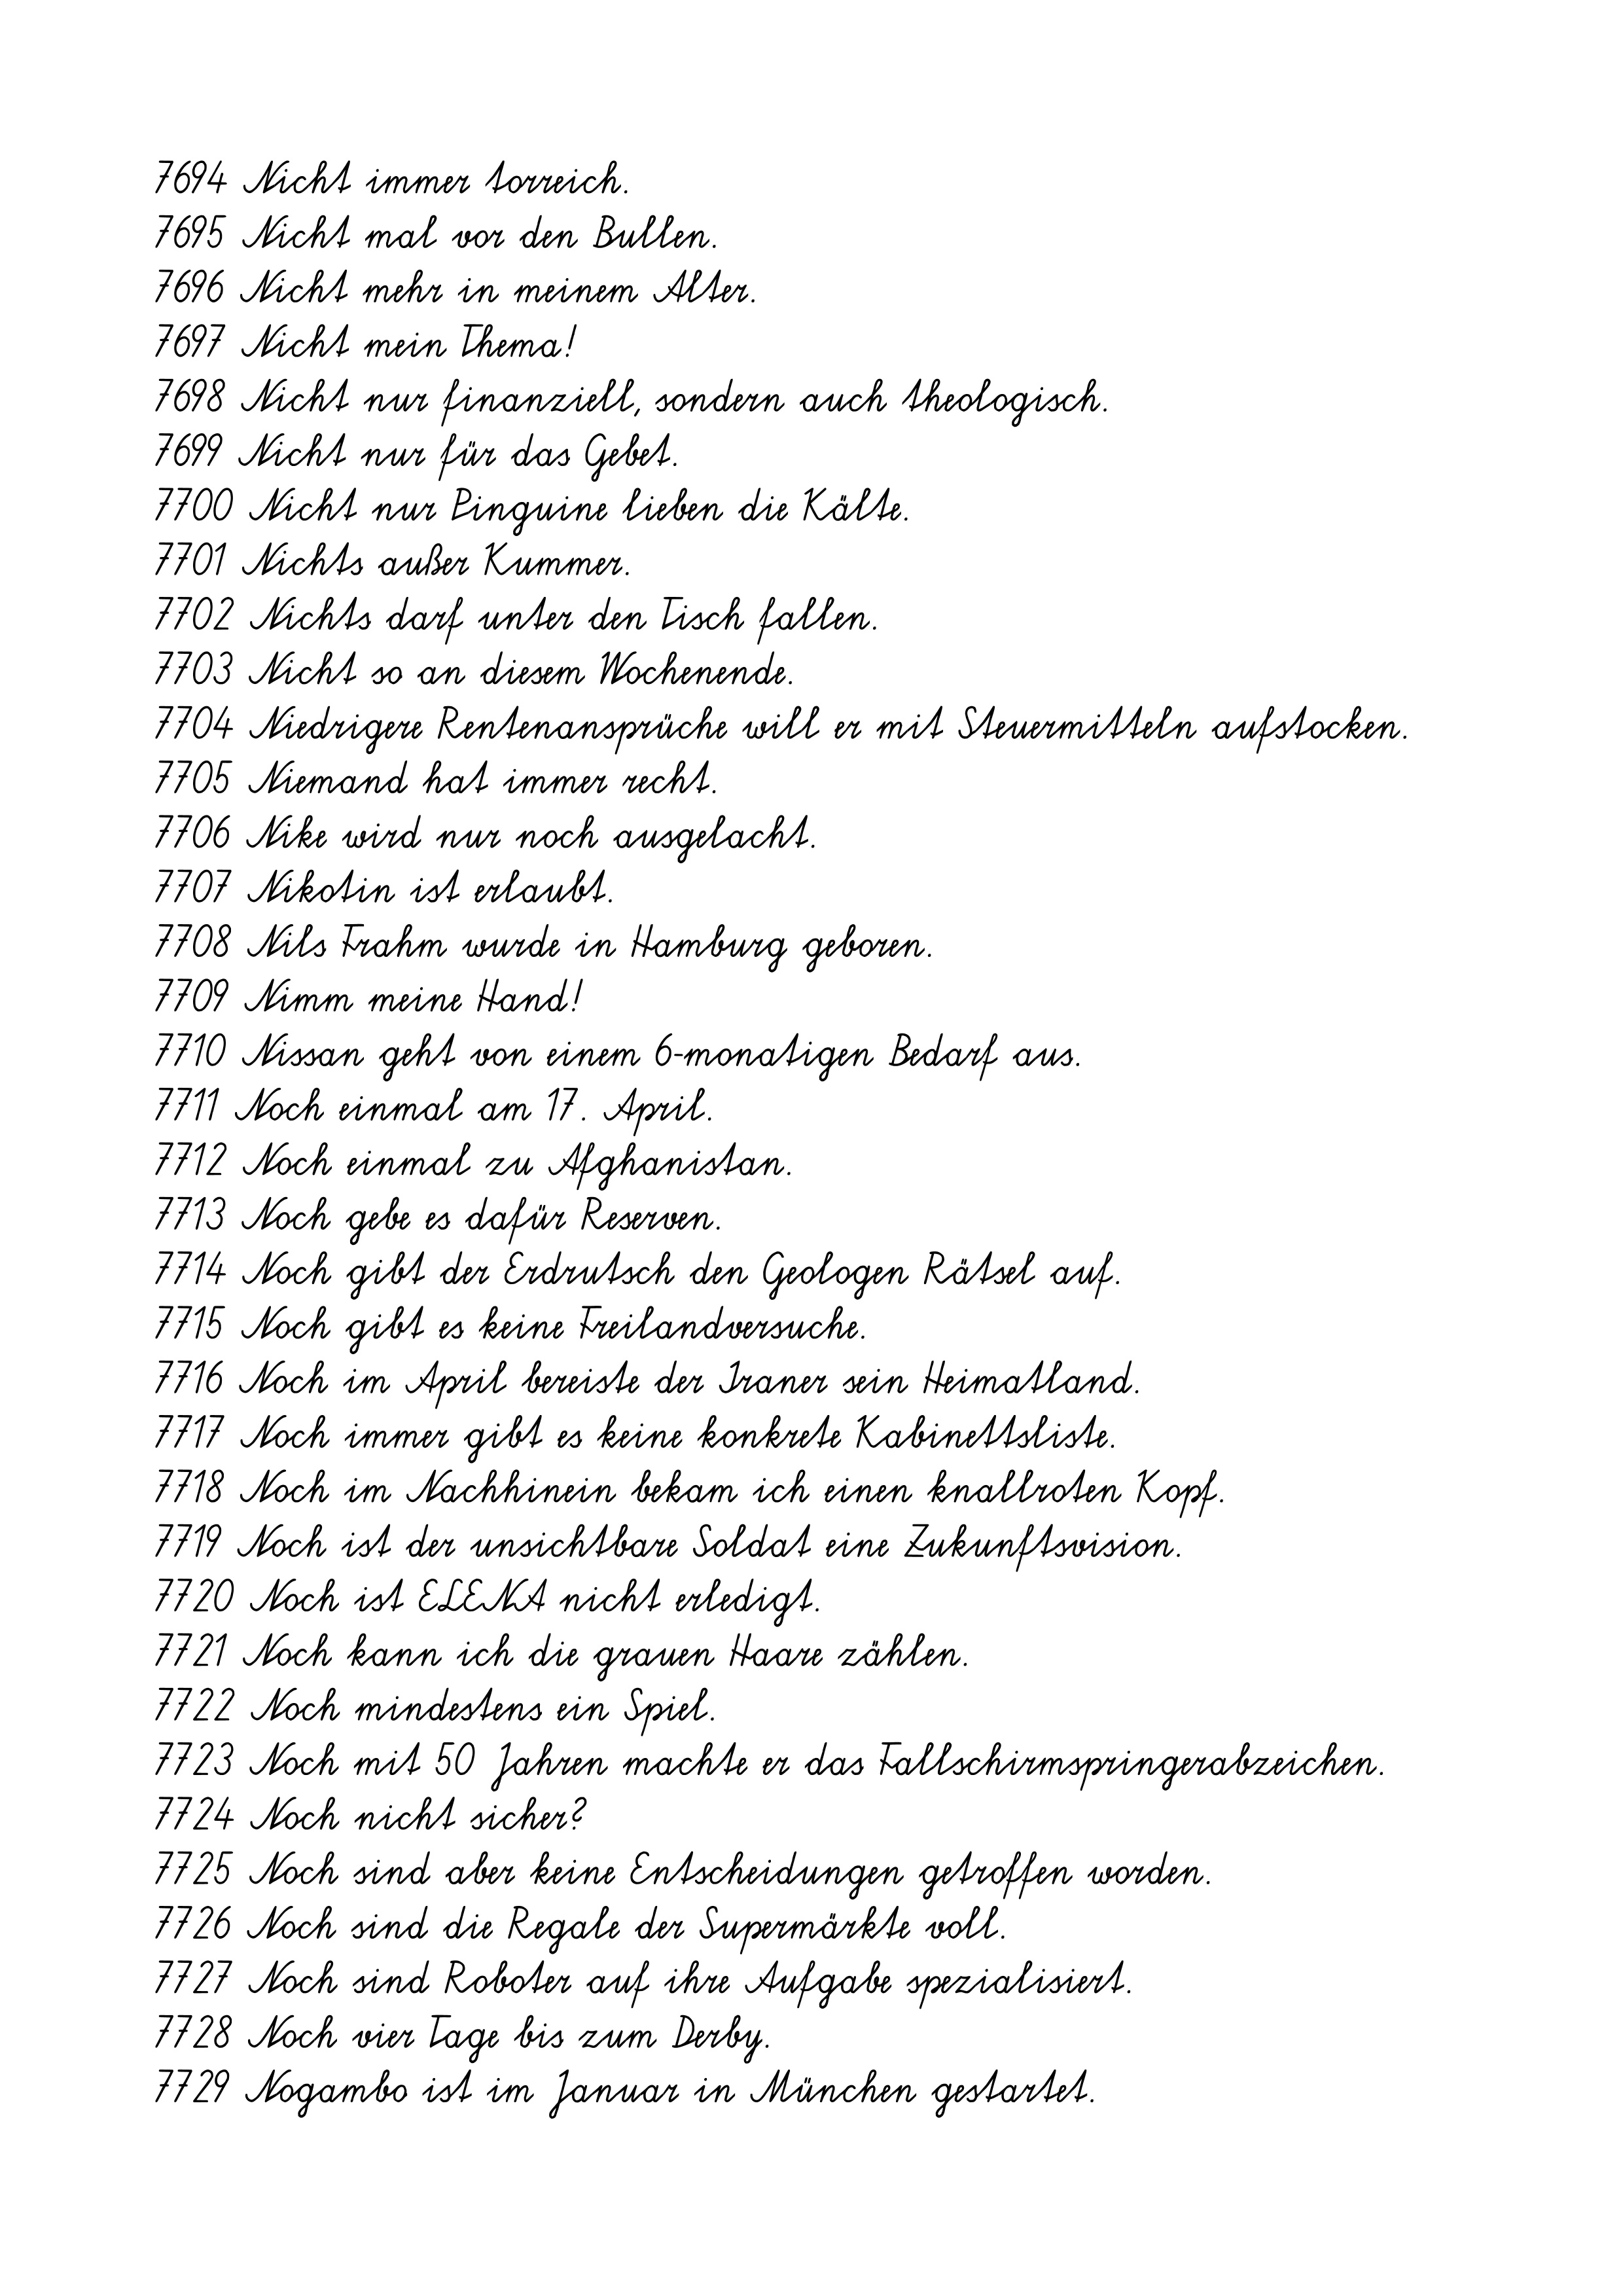
7694 Nicht immer torreich.
7695 Nicht mal vor den Bullen.
7696 Nicht mehr in meinem Alter.
7697 Nicht mein Thema!
7698 Nicht nur finanziell, sondern auch theologisch.
7699 Nicht nur für das Gebet.
7700 Nicht nur Pinguine lieben die Kälte.
7701 Nichts außer Kummer.
7702 Nichts darf unter den Tisch fallen.
7703 Nicht so an diesem Wochenende.
7704 Niedrigere Rentenansprüche will er mit Steuermitteln aufstocken.
7705 Niemand hat immer recht.
7706 Nike wird nur noch ausgelacht.
7707 Nikotin ist erlaubt.
7708 Nils Frahm wurde in Hamburg geboren.
7709 Nimm meine Hand!
7710 Nissan geht von einem 6-monatigen Bedarf aus.
7711 Noch einmal am 17. April.
7712 Noch einmal zu Afghanistan.
7713 Noch gebe es dafür Reserven.
7714 Noch gibt der Erdrutsch den Geologen Rätsel auf.
7715 Noch gibt es keine Freilandversuche.
7716 Noch im April bereiste der Iraner sein Heimatland.
7717 Noch immer gibt es keine konkrete Kabinettsliste.
7718 Noch im Nachhinein bekam ich einen knallroten Kopf.
7719 Noch ist der unsichtbare Soldat eine Zukunftsvision.
7720 Noch ist ELENA nicht erledigt.
7721 Noch kann ich die grauen Haare zählen.
7722 Noch mindestens ein Spiel.
7723 Noch mit 50 Jahren machte er das Fallschirmspringerabzeichen.
7724 Noch nicht sicher?
7725 Noch sind aber keine Entscheidungen getroffen worden.
7726 Noch sind die Regale der Supermärkte voll.
7727 Noch sind Roboter auf ihre Aufgabe spezialisiert.
7728 Noch vier Tage bis zum Derby.
7729 Nogambo ist im Januar in München gestartet.